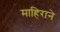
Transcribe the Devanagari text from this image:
माहिराने